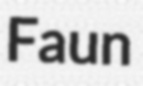
Faun